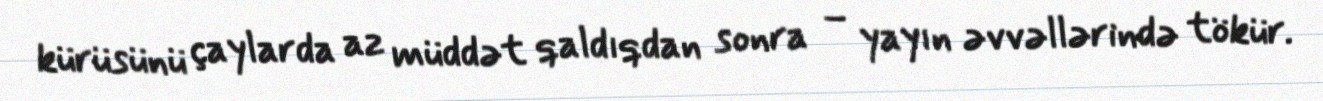
kürüsünü çaylarda az müddət qaldıqdan sonra – yayın əvvəllərində tökür.